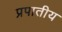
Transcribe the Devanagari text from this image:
प्रपातीय